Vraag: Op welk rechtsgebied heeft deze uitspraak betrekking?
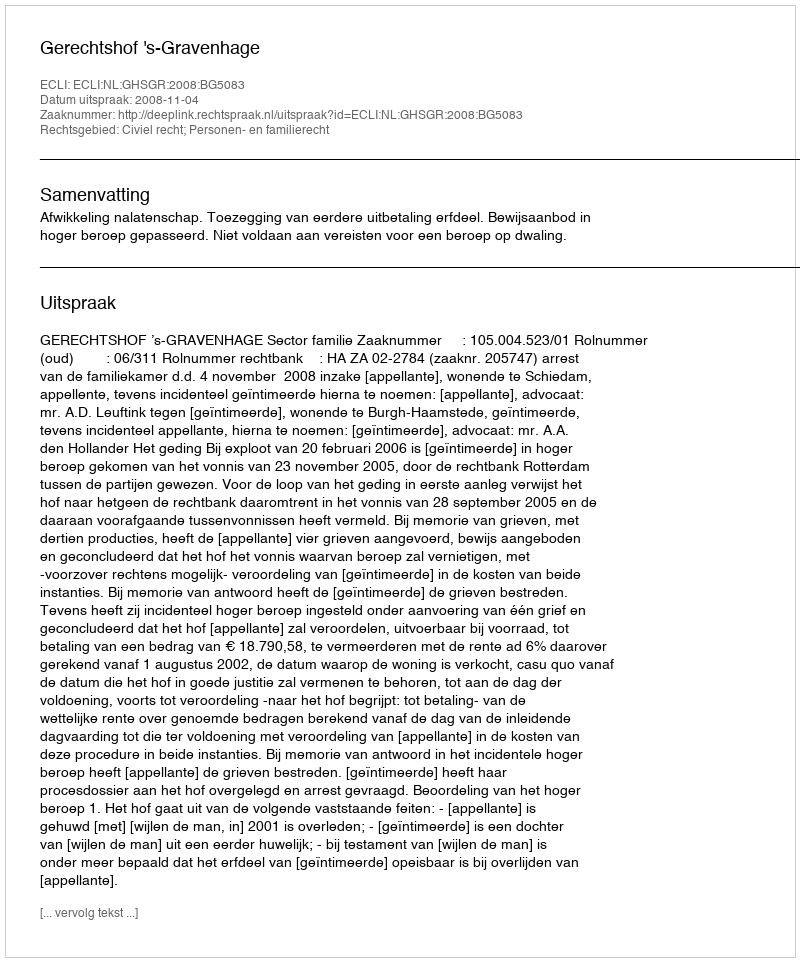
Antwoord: Civiel recht; Personen- en familierecht